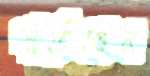
যাচিলেন